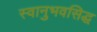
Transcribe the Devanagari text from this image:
स्वानुभवसिद्ध